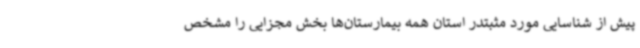
پیش از شناسایی مورد مثبتدر استان همه بیمارستان‌ها بخش مجزایی را مشخص